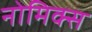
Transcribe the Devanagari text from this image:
नोमिक्स